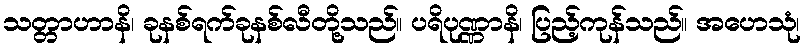
သတ္တာဟာနိ၊ ခုနစ်ရက်ခုနစ်လီတို့သည်။ ပရိပုဏ္ဏာနိ၊ ပြည့်ကုန်သည်။ အဟေသုံ၊